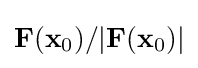
\mathbf {F} (\mathbf {x} _{\text{0}})/|\mathbf {F} (\mathbf {x} _{\text{0}})|